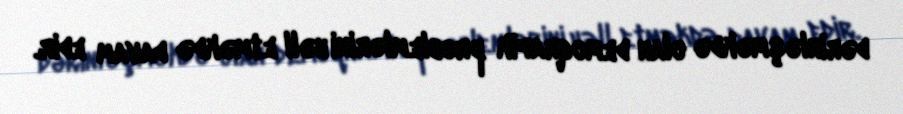
dərinləşməkdə olan demoqrafik problemlərini həll etməkdə davam edir.